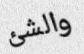
والشئ